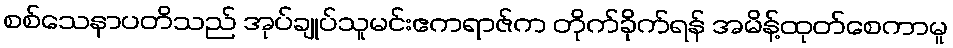
စစ်သေနာပတိသည် အုပ်ချုပ်သူမင်းဧကရာဇ်က တိုက်ခိုက်ရန် အမိန့်ထုတ်စေကာမူ